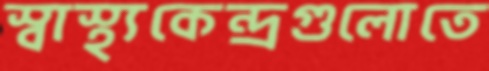
স্বাস্থ্যকেন্দ্রগুলোতে